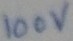
Text: 100V